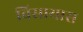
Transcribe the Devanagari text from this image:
विसायास